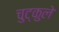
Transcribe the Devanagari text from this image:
चुट्कुले